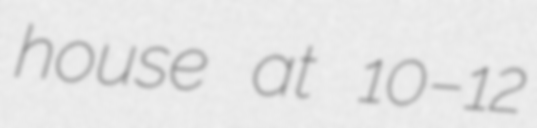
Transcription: house at 10–12